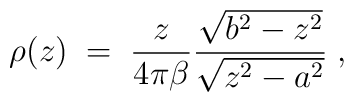
\rho(z)\;=\; {z\over 4\pi\beta} {\sqrt{b^2-z^2}\over \sqrt{z^2-a^2}}\; ,